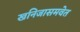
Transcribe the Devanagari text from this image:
खनिजासमवेत